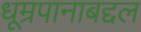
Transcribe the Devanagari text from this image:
धूम्रपानाबद्दल